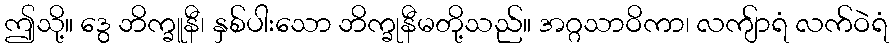
ဤသို့။ ဒွေ ဘိက္ခူနီ၊ နှစ်ပါးသော ဘိက္ခုနီမတို့သည်။ အဂ္ဂသာဝိကာ၊ လကျ်ာရံ လက်ဝဲရံ